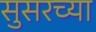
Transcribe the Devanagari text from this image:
सुसरच्या